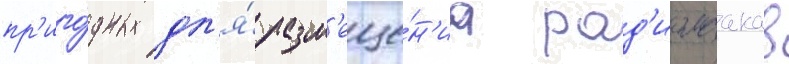
пр'иго́дных дл'я́ разм'еще́н'иа рад'иомаакав